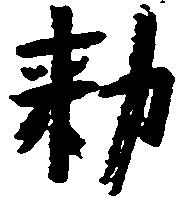
勅